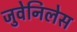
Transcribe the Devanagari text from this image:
जुवेनिलेस